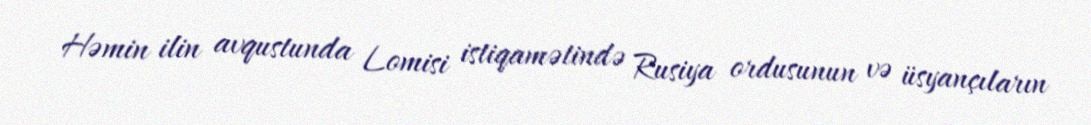
Həmin ilin avqustunda Lomisi istiqamətində Rusiya ordusunun və üsyançıların